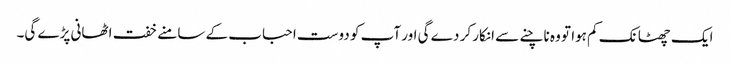
ایک چھٹانک کم ہوا تو وہ ناچنے سے انکار کر دے گی اور آپ کو دوست احباب کے سامنے خفت اٹھانی پڑے گی۔